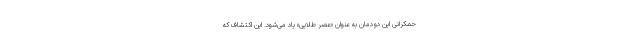
حمکرانی این دودمان به عنوان «عصر طلایی» یاد می‌شود. این اکتشاف که